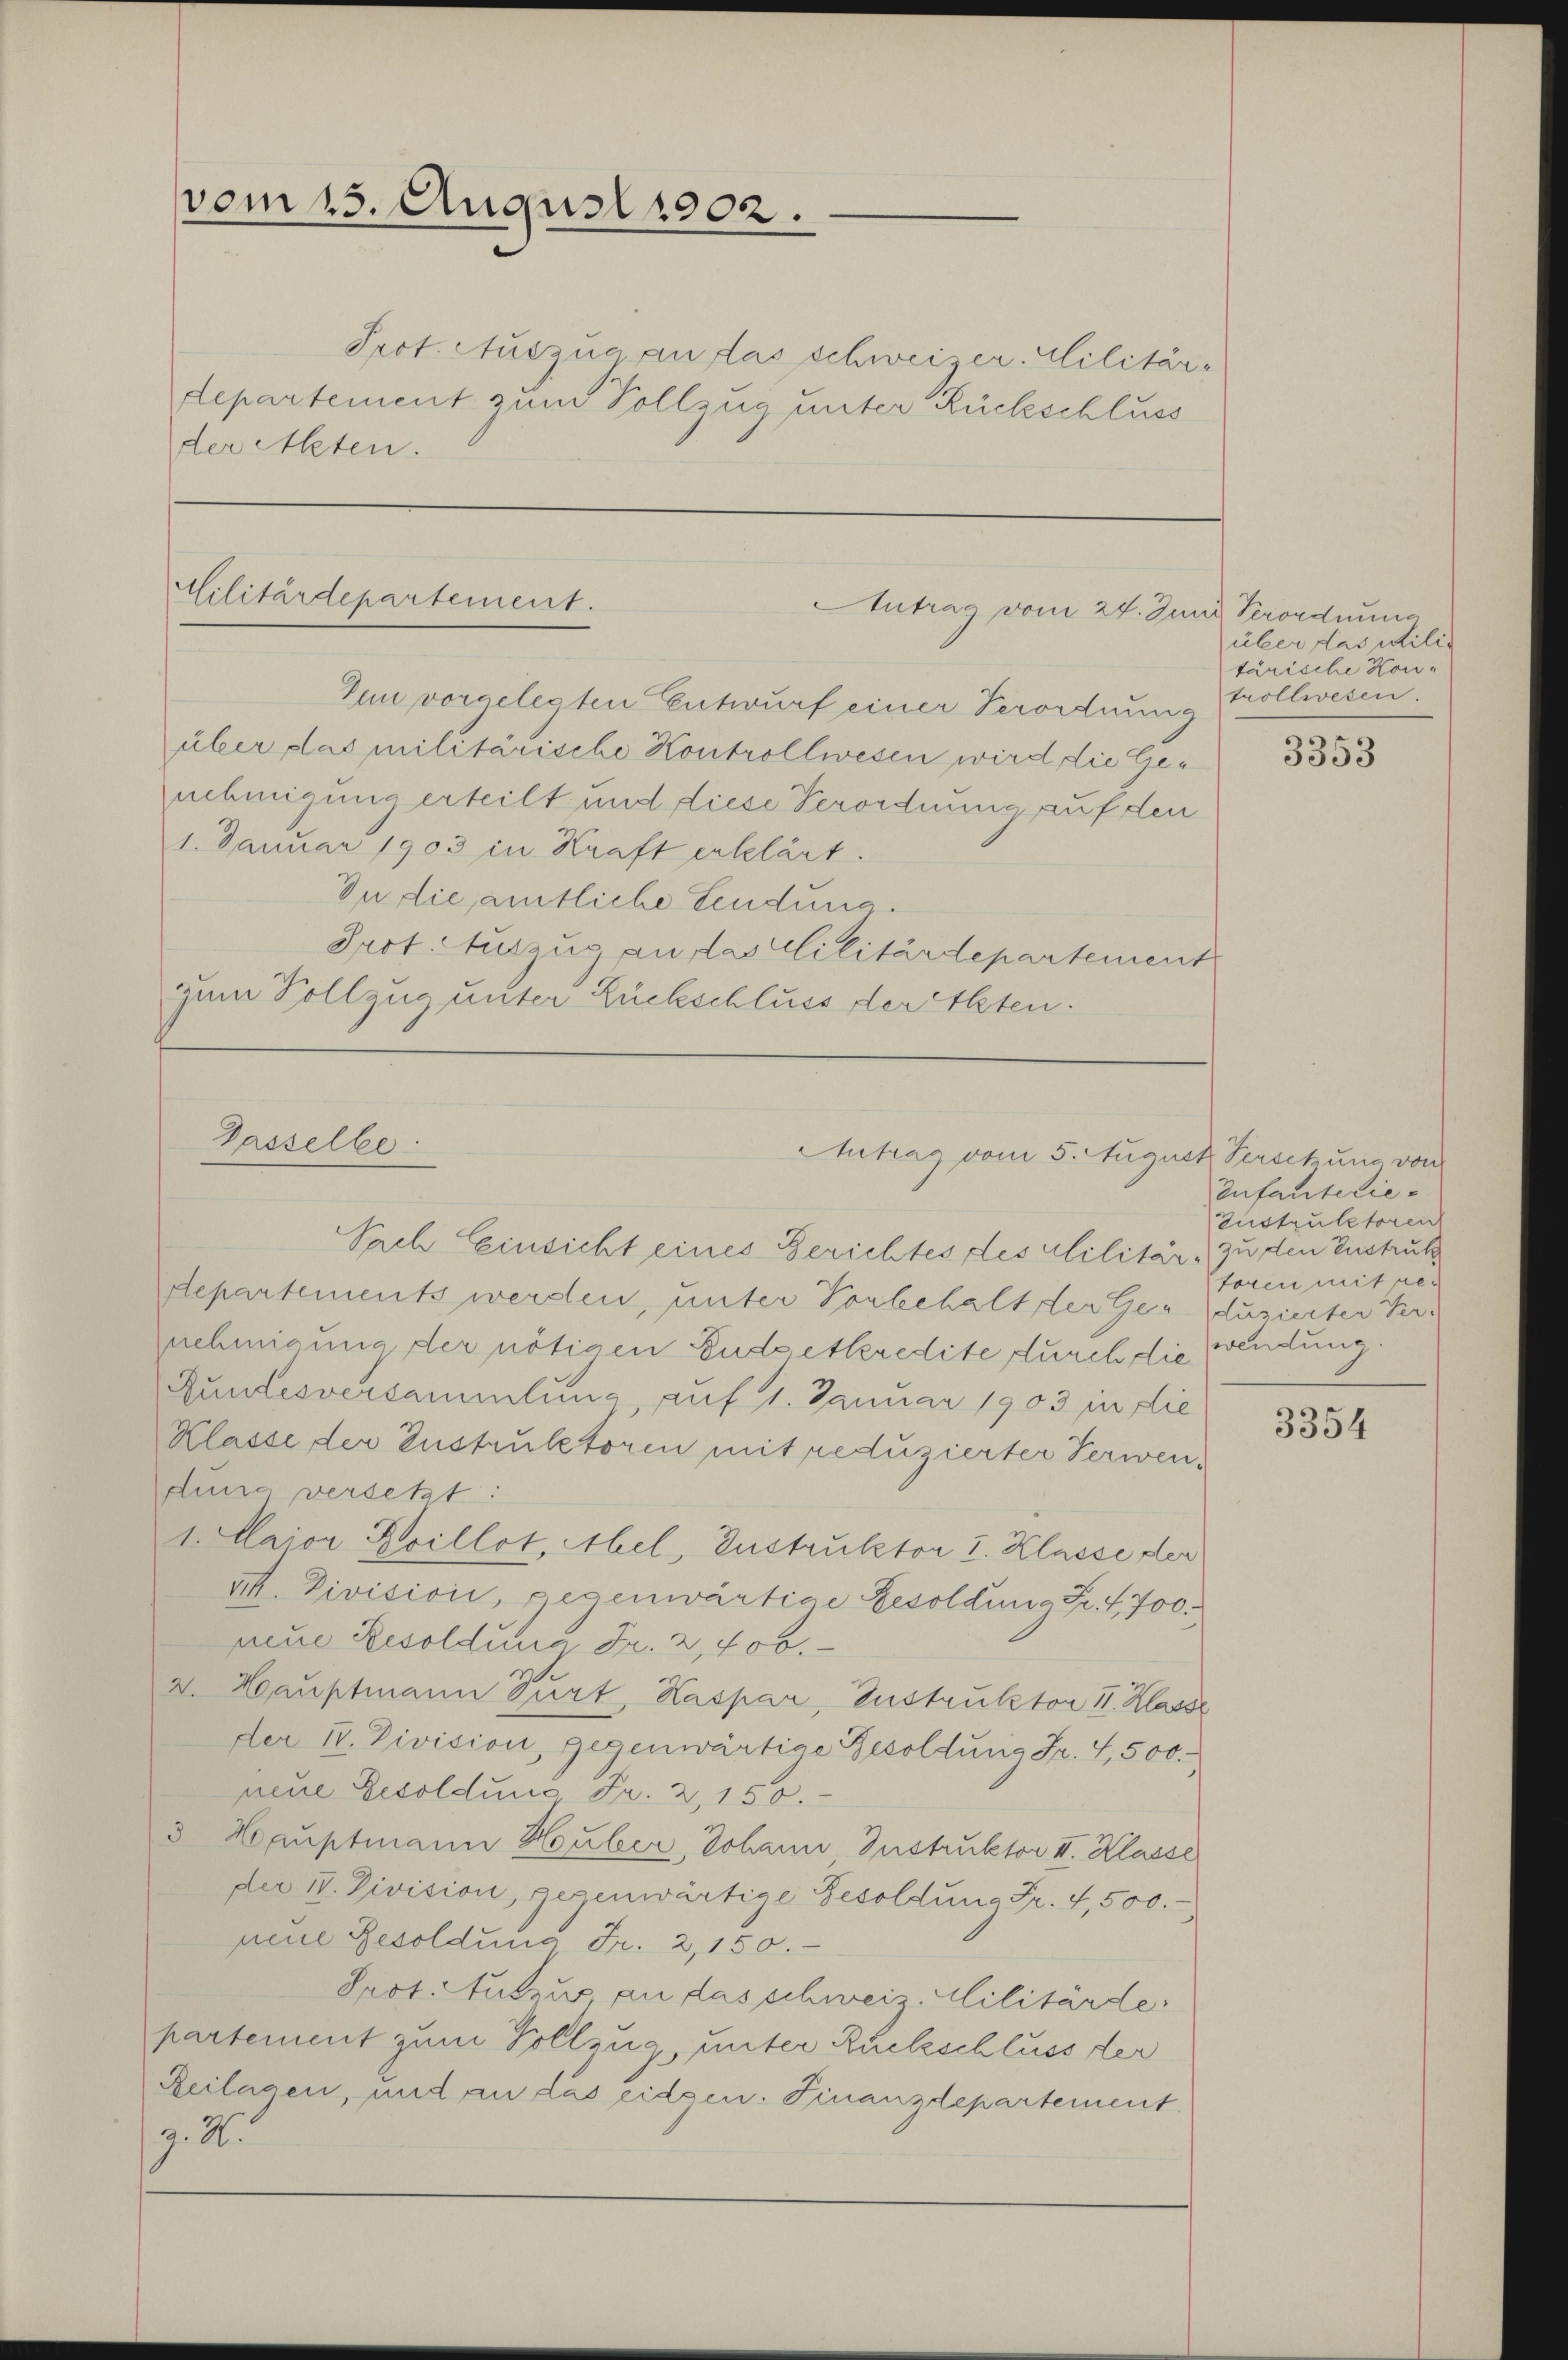
vom 15. August 1902.

Prot. Auszug an das schweizer. Militär-
departement zum Vollzug unter Rückschluss
der Meten.

Militärdepartement.
Antrag vom 24. Juni, Verordnung

Ien vorgelegten Entwurf einer Verordnung
über das militärische Kontrollwesen wird die Genehmigung erteilt und diese Verordnung auf den
1. Januar 1903 in Kraft erklärt.
In die amtliche Sendung.
Prot. Auszug an das Militärdepartement
zum Vollzug unter Rückschluss der Alten.

Gasselbe
Antrag vom 5. August Persetzung von

Sach Einsicht eines Gerichtes des Militär zu den Einstruk
departements werden, unter Vorbehalt der Geduzierter Ternehmigung der nötigen Budgetkredite durch die
Zundesversammlung auf 1. Januar 1903 in die
Klasse der Instruktoren mit reduzierter Verwendung versetzt.
1. Maior Grillot, Mel, Instruktor I. Klasse der
VII. Division, gegenwärtige Besoldung Fr. f. 700
neue Resoldung Fr. 2,400.
2. Hauptmann Purt, Kaspar, Instruktor 11. Klasse
der IV. Division, gegenwärtige Gesoldung Fr. 4,500.
pneue Resoldung Fr. 2,150.
3 Hauptmann Huber, Johann Instruktor II. Klasse
der 18. Division, gegenwärtige Besoldung Fr. 4,500.
nene Besoldung Fr. 2,150.
Prot. Nutzus an das schweiz. Militärde
partement zum Vollzug unter Rückschluss der
Reilagen, und an das eidgen. Finanzdepartement.
z. R.

über das Militärische Kon-
trollwesen.

3353

Infantelie¬
Enstruktoren
toren mit per
wendung.

3354